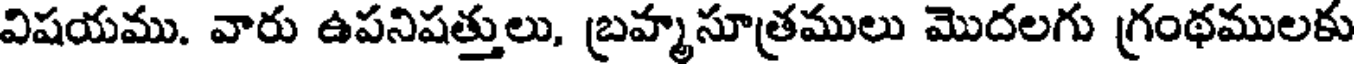
విషయము. వారు ఉపనిషత్తులు, బ్రహ్మసూత్రములు మొదలగు గ్రంథములకు